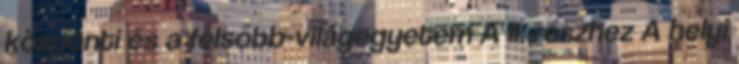
központi és a felsőbb-világegyetem A II. részhez A helyi